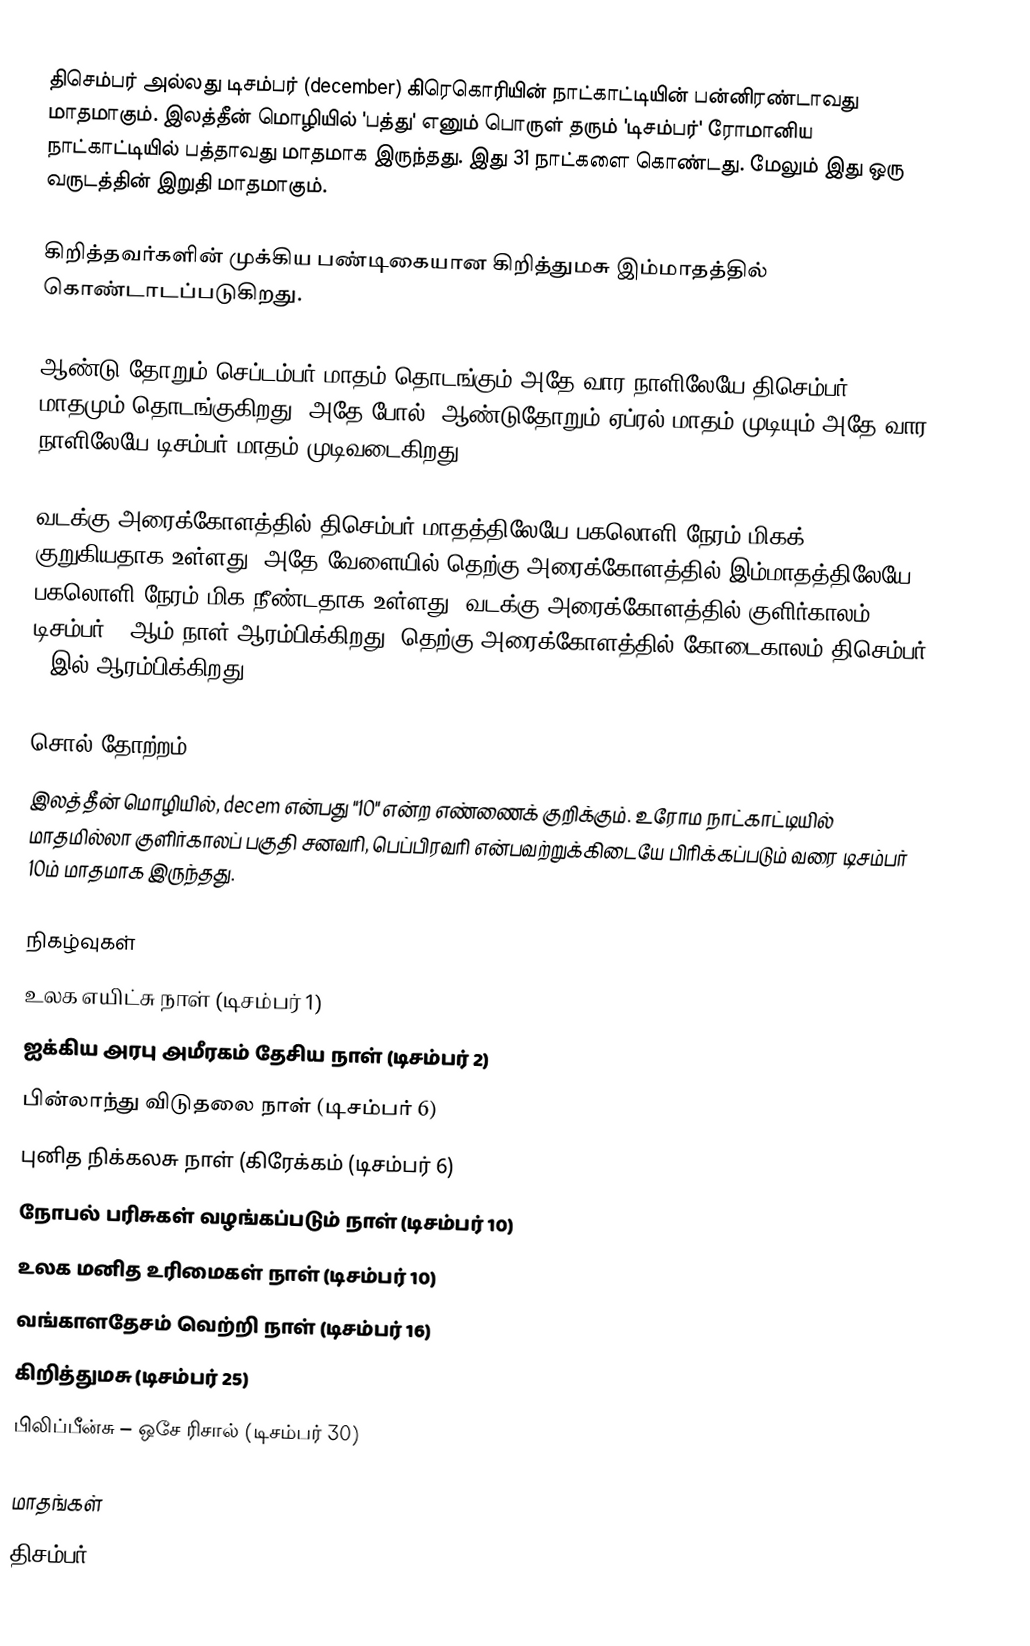
திசெம்பர் அல்லது டிசம்பர் (december) கிரெகொரியின் நாட்காட்டியின் பன்னிரண்டாவது மாதமாகும். இலத்தீன் மொழியில் 'பத்து' எனும் பொருள் தரும் 'டிசம்பர்' ரோமானிய நாட்காட்டியில் பத்தாவது மாதமாக இருந்தது. இது 31 நாட்களை கொண்டது. மேலும் இது ஒரு வருடத்தின் இறுதி மாதமாகும்.

கிறித்தவர்களின் முக்கிய பண்டிகையான கிறித்துமசு இம்மாதத்தில் கொண்டாடப்படுகிறது.

ஆண்டு தோறும் செப்டம்பர் மாதம் தொடங்கும் அதே வார நாளிலேயே திசெம்பர் மாதமும் தொடங்குகிறது. அதே போல், ஆண்டுதோறும் ஏப்ரல் மாதம் முடியும் அதே வார நாளிலேயே டிசம்பர் மாதம் முடிவடைகிறது.

வடக்கு அரைக்கோளத்தில் திசெம்பர் மாதத்திலேயே பகலொளி நேரம் மிகக் குறுகியதாக உள்ளது, அதே வேளையில் தெற்கு அரைக்கோளத்தில் இம்மாதத்திலேயே பகலொளி நேரம் மிக நீண்டதாக உள்ளது. வடக்கு அரைக்கோளத்தில் குளிர்காலம் டிசம்பர் 1 ஆம் நாள் ஆரம்பிக்கிறது, தெற்கு அரைக்கோளத்தில் கோடைகாலம் திசெம்பர் 1 இல் ஆரம்பிக்கிறது.

சொல் தோற்றம்
இலத்தீன் மொழியில், decem என்பது "10" என்ற எண்ணைக் குறிக்கும். உரோம நாட்காட்டியில் மாதமில்லா குளிர்காலப் பகுதி சனவரி, பெப்பிரவரி என்பவற்றுக்கிடையே பிரிக்கப்படும் வரை டிசம்பர் 10ம் மாதமாக இருந்தது.

நிகழ்வுகள்
 உலக எயிட்சு நாள் (டிசம்பர் 1)
 ஐக்கிய அரபு அமீரகம் தேசிய நாள் (டிசம்பர் 2)
 பின்லாந்து விடுதலை நாள் (டிசம்பர் 6)
 புனித நிக்கலசு நாள் (கிரேக்கம் (டிசம்பர் 6)
 நோபல் பரிசுகள் வழங்கப்படும் நாள் (டிசம்பர் 10)
 உலக மனித உரிமைகள் நாள் (டிசம்பர் 10)
 வங்காளதேசம் வெற்றி நாள் (டிசம்பர் 16)
 கிறித்துமசு (டிசம்பர் 25)
 பிலிப்பீன்சு – ஒசே ரிசால் (டிசம்பர் 30)

மாதங்கள்
திசம்பர்